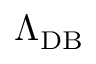
\Lambda _ { \mathrm { D B } }